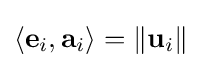
\left\langle \mathbf {e} _{i},\mathbf {a} _{i}\right\rangle =\left\|\mathbf {u} _{i}\right\|